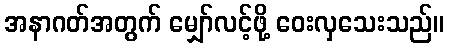
အနာဂတ်အတွက် မျှော်လင့်ဖို့ ဝေးလှသေးသည်။